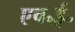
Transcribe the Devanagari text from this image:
एच॰ई॰